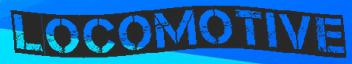
LOCOMOTIVE